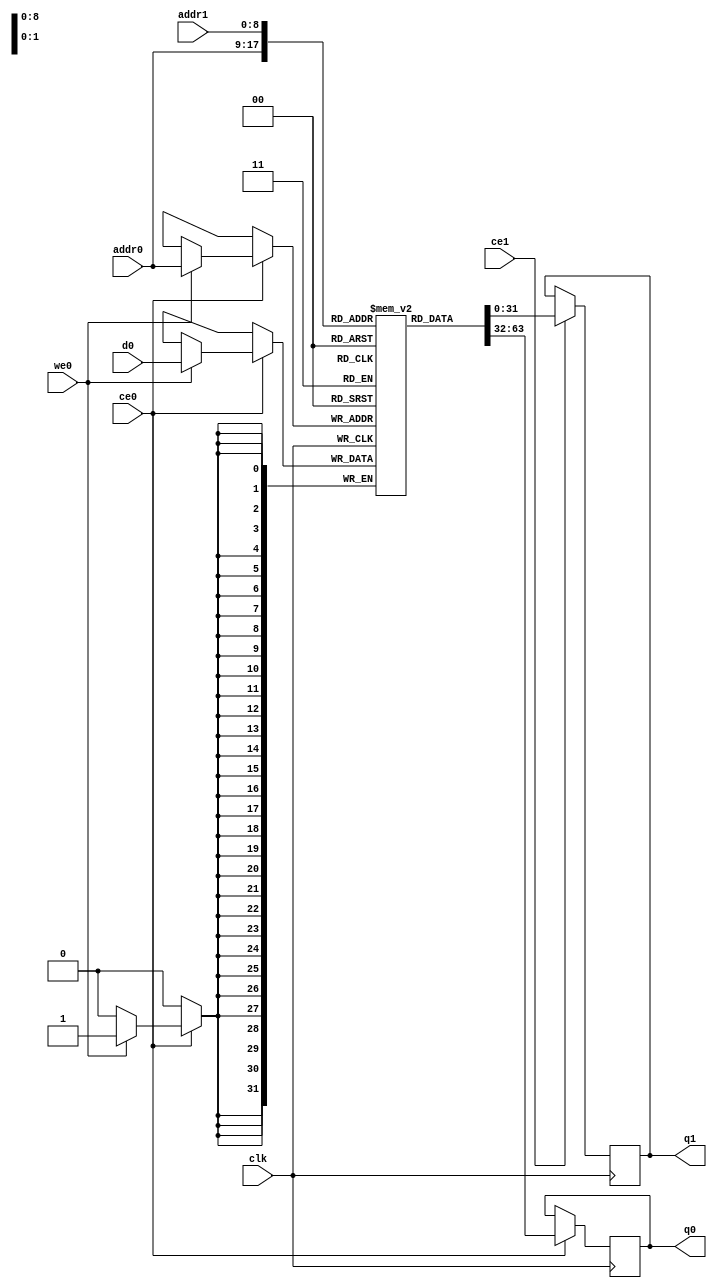
module hls_xfft2real_xfft2real_complex_ap_fixed_32_1_5_3_0_complex_ap_fixed_32_1_5_3_0_11_true_s_dg8j_ram (addr0, ce0, d0, we0, q0, addr1, ce1, q1,  clk);

parameter DWIDTH = 32;
parameter AWIDTH = 9;
parameter MEM_SIZE = 512;

input[AWIDTH-1:0] addr0;
input ce0;
input[DWIDTH-1:0] d0;
input we0;
output reg[DWIDTH-1:0] q0;
input[AWIDTH-1:0] addr1;
input ce1;
output reg[DWIDTH-1:0] q1;
input clk;

reg [DWIDTH-1:0] ram0[0:MEM_SIZE-1];



always @(posedge clk)  
begin 
    if (ce0) begin
        if (we0) 
            ram0[addr0] <= d0; 
        q0 <= ram0[addr0];
    end
end


always @(posedge clk)  
begin 
    if (ce1) begin
        q1 <= ram0[addr1];
    end
end


endmodule